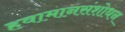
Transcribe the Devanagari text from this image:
हवामानसंशोधन